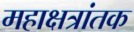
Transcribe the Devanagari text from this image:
महाक्षत्रांतक